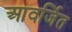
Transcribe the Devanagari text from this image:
आवर्जित